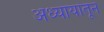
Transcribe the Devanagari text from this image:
अध्यायांतून